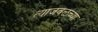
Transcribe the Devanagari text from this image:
त्याजवळच्या